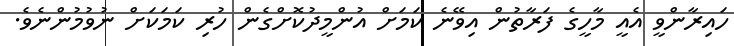
ހައިރާންވީ އެއީ މާހީގެ ފަރާތުން އިވޭނެ ކަމަށް އުންމީދުކޮށްގެން ހުރި ކަމަކަށް ނުވުމުންނެވެ.